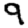
Digit: 9